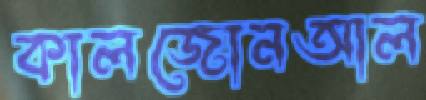
কালজোনআল